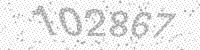
Solution: 102867